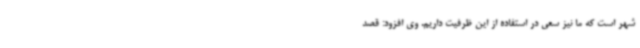
شهر است که ما نیز سعی در استفاده از این ظرفیت داریم. وی افزود: قصد